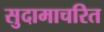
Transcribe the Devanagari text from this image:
सुदामाचरित